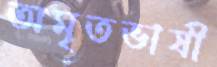
অমৃতভাষী